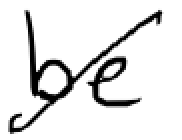
Text: be
Cross-out: diagonal
Writing tool: digital_black